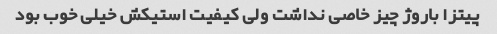
پیتزا باروژ چیز خاصی نداشت ولی کیفیت استیکش خیلی خوب بود